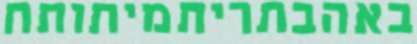
באהבתריתמיתותח